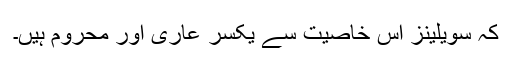
کہ سویلینز اس خاصیت سے یکسر عاری اور محروم ہیں۔